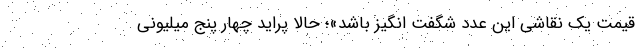
قیمت یک نقاشی این عدد شگفت انگیز باشد»؛ حالا پراید چهار پنج میلیونی